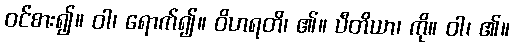
ဝင်စား၍။ ဝါ၊ ရောက်၍။ ဝိဟရတိ၊ ၏။ ပီတိယာ၊ ကို။ ဝါ၊ ၏။